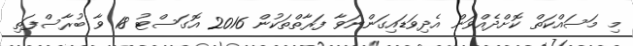
މި މަސައްކަތް ކޮށްދެއްވަން އެދިވަޑައިގަންނަވާ ފަރާތްތަކުން 2016 އޮގަސްޓު 18 ވާ ބުރާސްފަތި